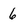
Character: 6